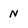
Character: n